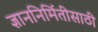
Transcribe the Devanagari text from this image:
ज्ञाननिर्मितीसाठी